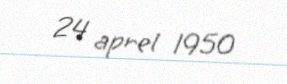
24 aprel 1950